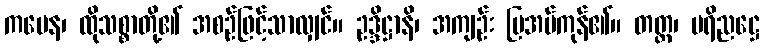
ကမေန၊ ထိုသစ္စာတို့၏ အစဉ်ဖြင့်သာလျှင်။ ဥဒ္ဒိဋ္ဌာနိ၊ အကျဉ်း ပြအပ်ကုန်၏။ တတ္ထ၊ ပရိညဋ္ဌေ